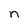
Character: n